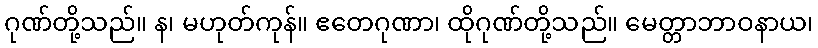
ဂုဏ်တို့သည်။ န၊ မဟုတ်ကုန်။ ဧတေဂုဏာ၊ ထိုဂုဏ်တို့သည်။ မေတ္တာဘာဝနာယ၊